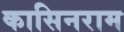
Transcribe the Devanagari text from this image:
कासिनराम